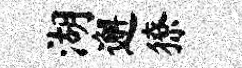
湖邂獠